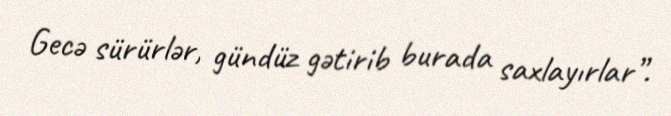
Gecə sürürlər, gündüz gətirib burada saxlayırlar”.